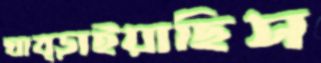
ঘাব্‌ড়াইয়াছিস